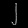
Digit: ၂